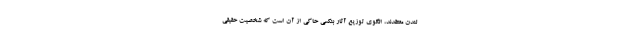
لندن معتقدند، الگوی توزیع آثار بنکسی حاکی از آن است که شخصیت حقیقی